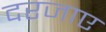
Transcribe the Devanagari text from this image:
दरजाए